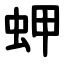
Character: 䖬